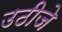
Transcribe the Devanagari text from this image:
उठीजे